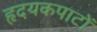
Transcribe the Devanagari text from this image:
हृदयकपाटों